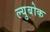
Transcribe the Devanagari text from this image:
ल्युबोक